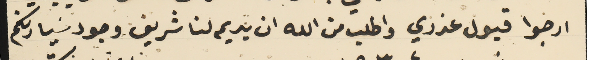
ارجوا قبول عذري واطلب من الله ان يديم لنا شريف وجود سَيادتكم